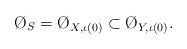
LaTeX: \begin{align*}\O_S=\O_{X,\iota(0)}\subset\O_{Y,\iota(0)}.\end{align*}